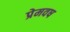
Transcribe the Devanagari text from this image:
प्रेमवष